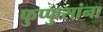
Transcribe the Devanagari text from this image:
फुप्फुसांना